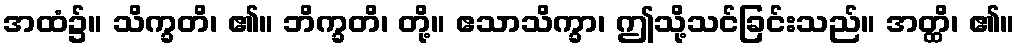
အထံ၌။ သိက္ခတိ၊ ၏။ ဘိက္ခတိ၊ တို့။ ဧသာသိက္ခာ၊ ဤသို့သင်ခြင်းသည်။ အတ္ထိ၊ ၏။